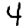
Digit: 4